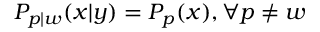
P _ { p | w } ( x | y ) = P _ { p } ( x ) , \forall p \neq w